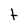
Character: t